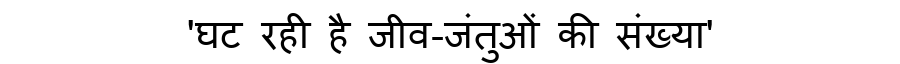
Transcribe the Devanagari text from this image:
'घट रही है जीव-जंतुओं की संख्या'